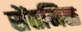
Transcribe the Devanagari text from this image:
सेंतमिळ